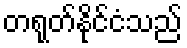
တရုတ်နိုင်ငံသည်